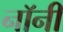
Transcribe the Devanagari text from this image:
नॉनी